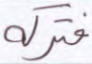
فتركه